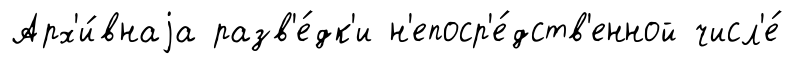
Арх'и́внаjа разв'е́дк'и н'епоср'е́дств'енной числ'е́